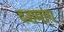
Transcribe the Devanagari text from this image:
दशमांग